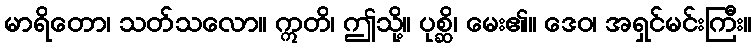
မာရိတော၊ သတ်သလော။ ဣတိ၊ ဤသို့။ ပုစ္ဆိ၊ မေး၏။ ဒေဝ၊ အရှင်မင်းကြီး။